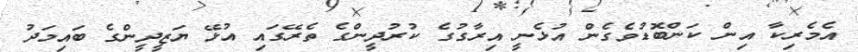
އެމެރިކާ އިން ކަންބޮޑުވެގެން އުޅެނީ އިރާގުގެ ކުރުދީންގެ ތެރޭގައި އުޅޭ ޔަޒީދީންގެ ބައިމަދު